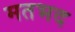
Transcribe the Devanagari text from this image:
मतभद